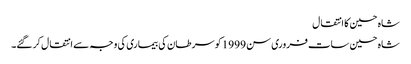
شاہ حسین کا انتقال
شاہ حسین سات فروری سن 1999 کو سرطان کی بیماری کی وجہ سے انتقال کر گئے۔